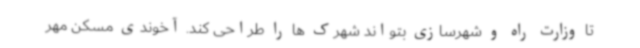
تا وزارت راه و شهرسازی بتواند شهرک ها را طراحی کند. آخوندی مسکن مهر